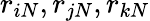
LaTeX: r_{iN},r_{jN},r_{kN}